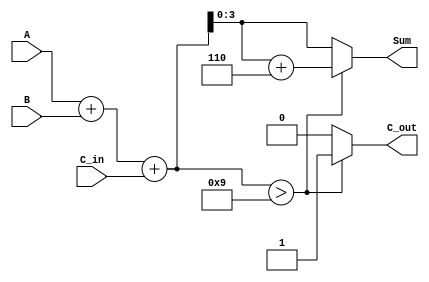
module BCD_Adder (
    input  wire [3:0] A,      // First BCD digit
    input  wire [3:0] B,      // Second BCD digit
    input  wire       C_in,    // Carry input
    output reg  [3:0] Sum,     // BCD result
    output reg       C_out      // Carry output
);

    wire [4:0] S;              // Intermediate sum (5 bits)

    // Step 1: Binary Addition
    assign S = A + B + C_in;

    // Step 2: BCD Correction
    always @(*) begin
        if (S > 9) begin
            Sum = S[3:0] + 4'b0110; // Add 6 for correction
            C_out = 1;              // Set carry output
        end else begin
            Sum = S[3:0];           // No correction needed
            C_out = 0;              // No carry output
        end
    end

endmodule